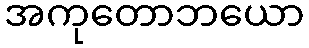
အကုတောဘယော